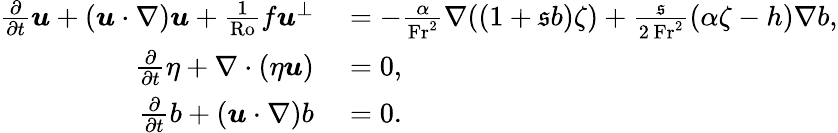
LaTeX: \begin{array}{rl}{\frac{\partial}{\partial t}\boldsymbol{u}+(\boldsymbol{u}\cdot\nabla)\boldsymbol{u}+\frac{1}{\mathrm{Ro}}f\boldsymbol{u}^{\perp}}&{{}=-\frac{\alpha}{\mathrm{Fr}^{2}}\nabla((1+\mathfrak{s}b)\zeta)+\frac{\mathfrak{s}}{2\, \mathrm{Fr}^{2}}(\alpha\zeta-h)\nabla b,}\\ {\frac{\partial}{\partial t}\eta+\nabla\cdot(\eta\boldsymbol{u})}&{{}=0,}\\ {\frac{\partial}{\partial t}b+(\boldsymbol{u}\cdot\nabla)b}&{{}=0.}\end{array}